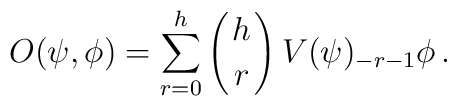
O(\psi,\phi)=\sum_{r=0}^h\left({h\atop r}\right)V(\psi)_{-r-1}\phi\,.